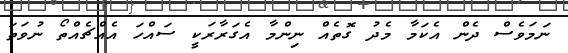
ނަމަވެސް ދެން އެކަމާ މެދު ގޮތެއް ނިންމާ އެގަރާރަކީ ސައްހަ އެއްޗެއްތޯ ނުވަތަ